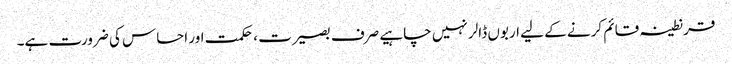
قرنطینہ قائم کرنے کے لیے اربوں ڈالر نہیں چاہیے صرف بصیرت ، حکمت اور احساس کی ضرورت ہے۔